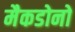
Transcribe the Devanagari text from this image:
मैकडोनो